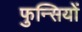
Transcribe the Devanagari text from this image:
फुन्सियों